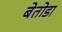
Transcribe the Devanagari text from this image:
बेतोडा